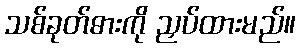
သစ်ခုတ်ဓားကို ညှပ်ထားမည်။